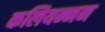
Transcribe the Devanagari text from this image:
कलियन्नन